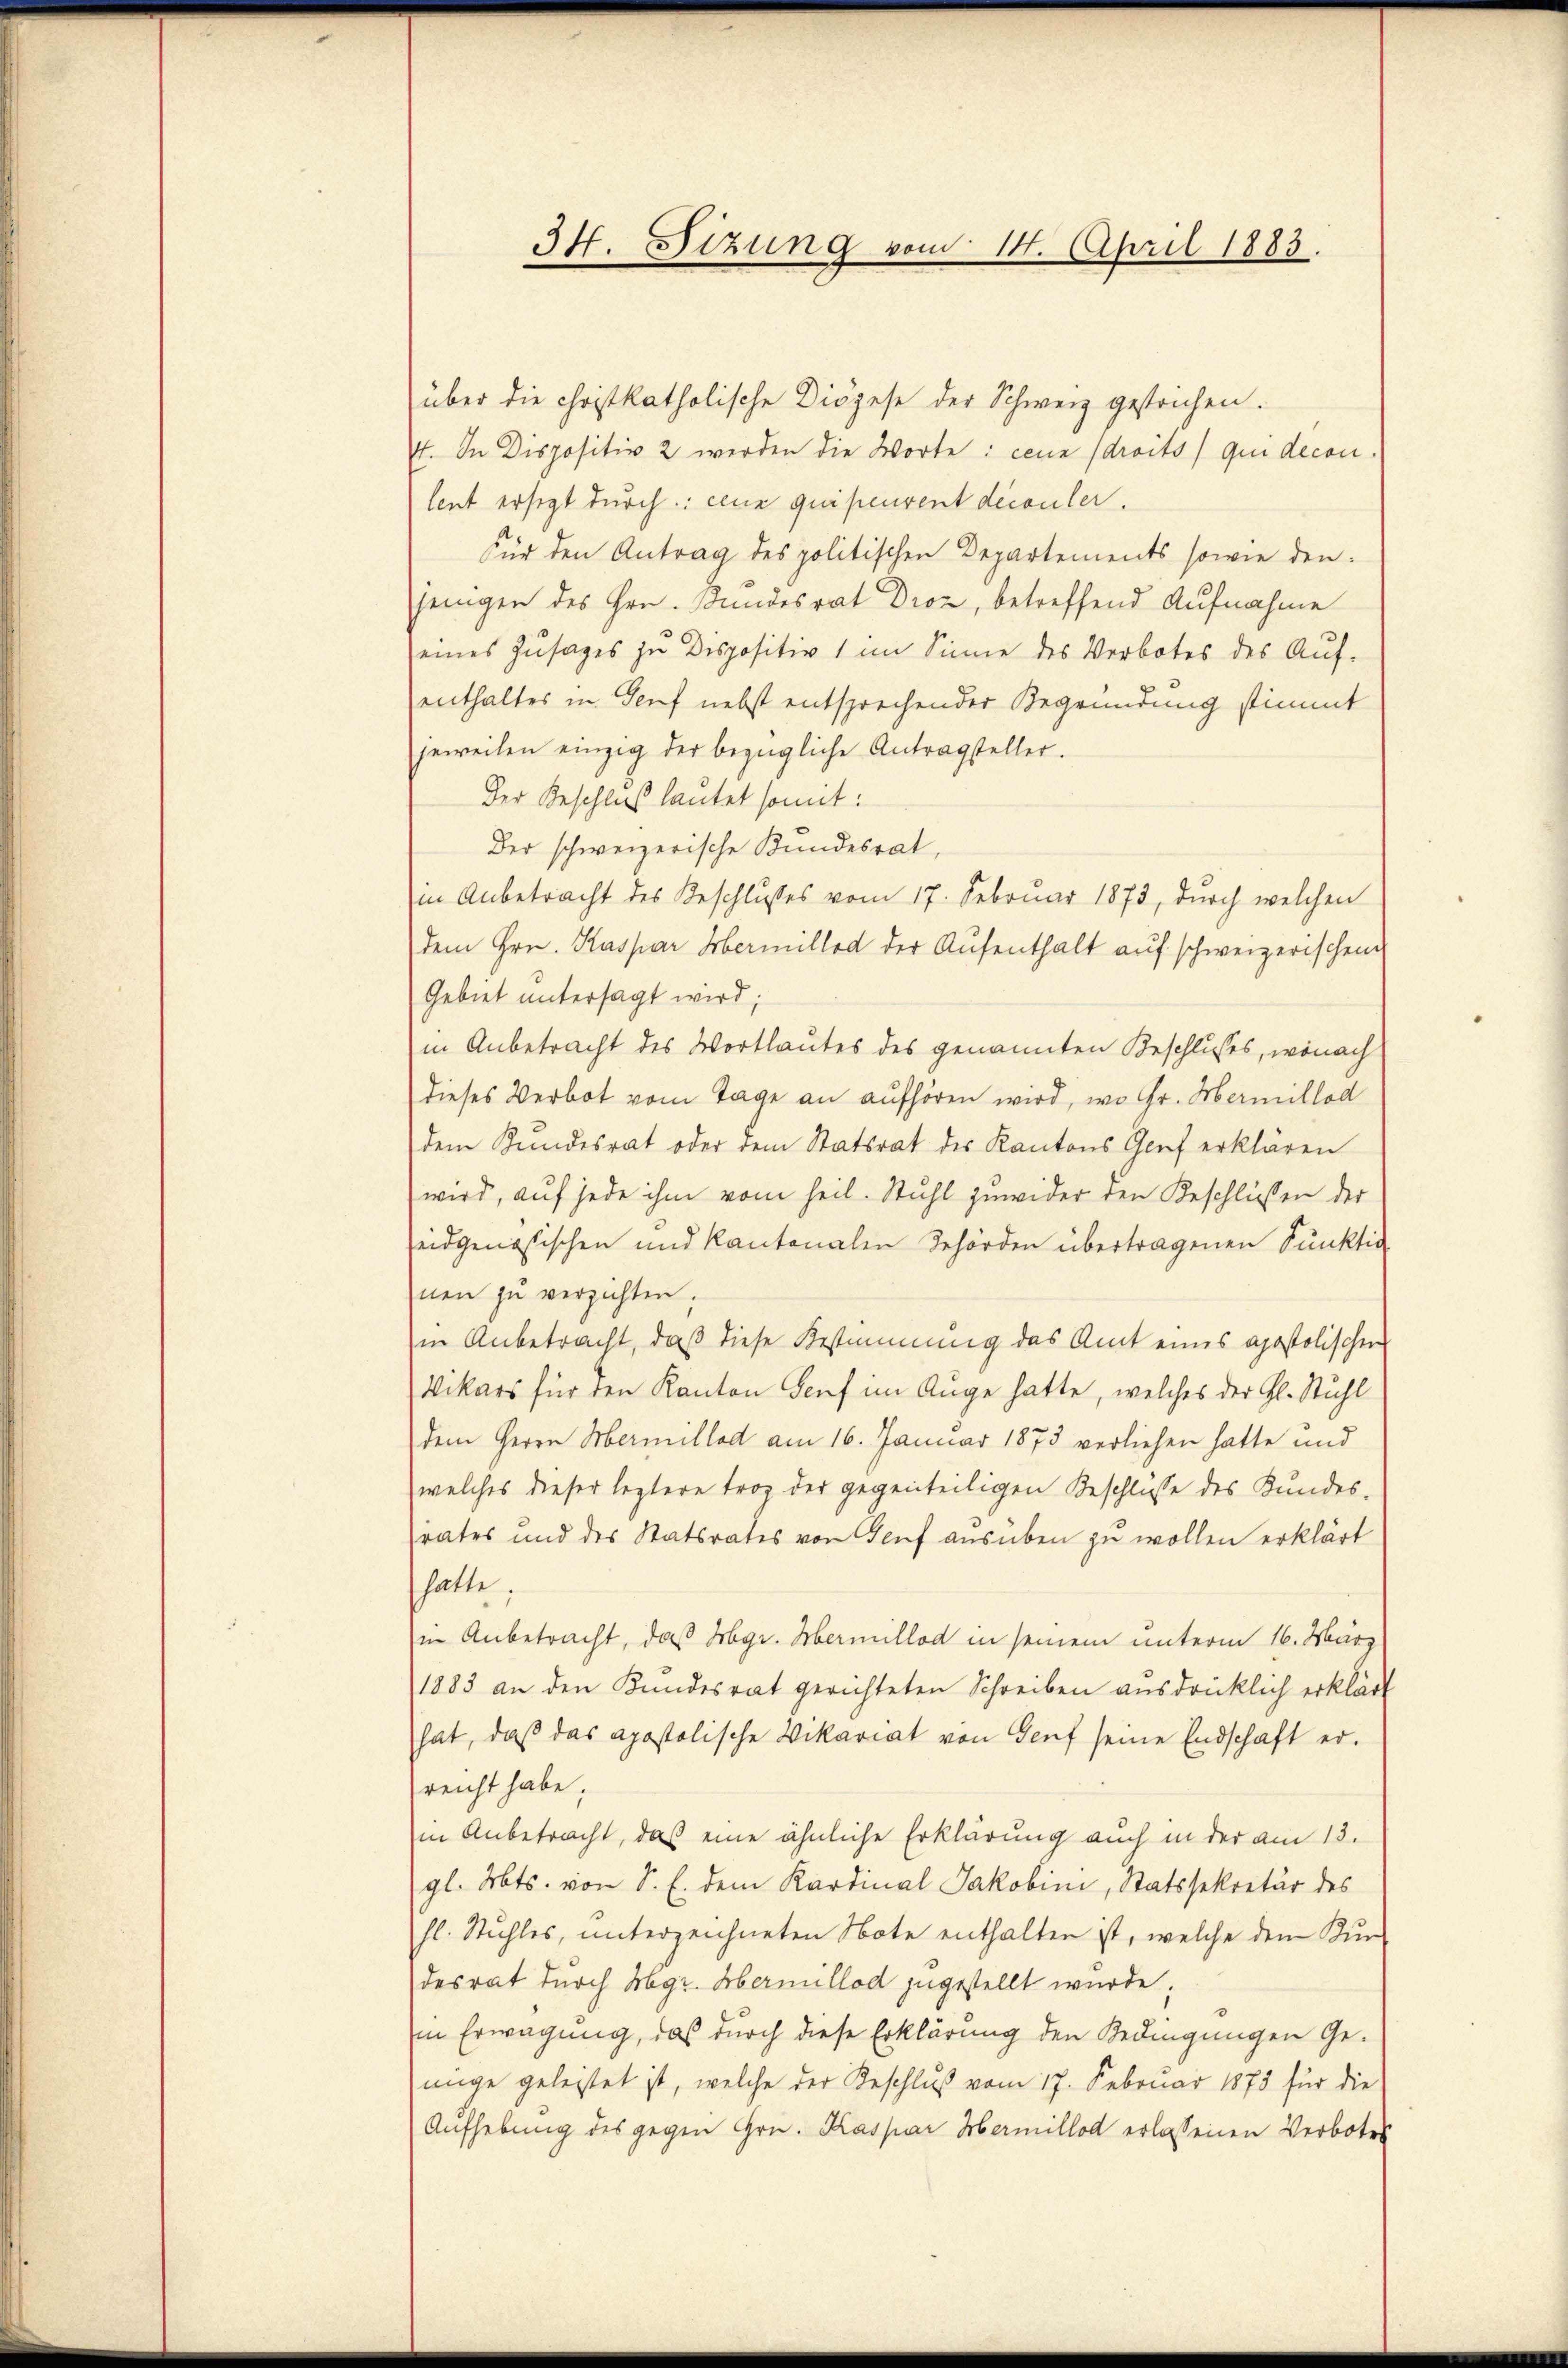
34. Sizung vom 14. April 1883.

über die christkatholische Diözese der Schweiz gestrichen.
4. In Dispositiv 2 werden die Worte: ceux droits qui decon
lent ersezt durch: ceux qui peuvent découler.
Für den Antrag des politischen Departements sowie den
jenigen des Hrn. Bundesrat Droz, betreffend Aufnahme
eines Zusages zu Dispositiv 1 im Sinne des Verbotes des Auf-
enthalter in Genf nebst entsprechender Begründung stimmt
jeweilen einzig der bezügliche Antragsteller.
Der Beschluß lautet somit:
Der schweizerische Bundesrat,
in Anbetracht des Beschlusses vom 17. Februar 1873, durch welchen
dem Hrn. Kaspar Hermillod der Aufenthalt auf schweizerischen
Gebiet untersagt wird;
in Anbetracht des Wortlautes des genannten Beschlusses, wonach
dieses Verbot vom Tage an aufhören wird, wo Hr. Hermillod
dem Bundesrat oder dem Statsrat des Kantons Genf erklären
wird, auf jede ihm vom heil. Stuhl zuwider den Beschlüssen der
seidgenössischen und kantonalen Behörden übertragenen Punktig
nen zu verzichten.
in Anbetracht, daß diese Bestimmung des Amt eines apostolischen
Vikars für den Kanton Genf im Auge hatte, welches der Hl. Stuhl
dem Herrn Hermillod am 16. Januar 1873 verliehen hatte und
(welches dieser leztere troz der gegenteiligen Beschlüsse des Kundesrates und des Statsrates von Genf ausüben zu wollen erklärt
hatte.
in Anbetracht, daß Mgr. Hermillod in seinem unterm 16. März
1883 an den Kundesrat gerichteten Schreiben ausdrücklich erklärt
hat, daβ das apostolische Vikariat von Genf seine Endschaft er-
reicht habe.
in Anbetracht, das eine ähnliche Erklärung auch in der am 13.
gl. Mts. von S. E. dem Kardinal Jakobini, Statssekretär des
hl. Stuhles, unterzeichneten Note enthalten ist, welche dem Kur-
desrat durch Hegi. Abermillod zugestellt wurde.
in Erwägung, daß durch diese Erklärung den Bedingungen Gejunge geleistet ist, welche der Beschluß vom 17. Februar 1873 für die
Aufhebung des gegen Hrn. Kaspar Hermillod erlassenen Verbotes